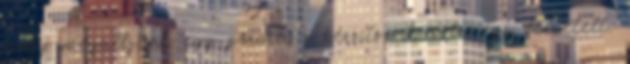
hogy megálljunk egy percre, s készítsünk róla egy felvételt.